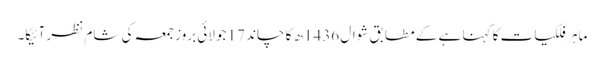
ماہر فلکیات کا کہنا ہے کے مطابق شوال 1436ھ کا چاند 17 جولائی بروز جمعہ کی شام نظر آئیگا۔